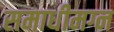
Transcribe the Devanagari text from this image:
समाधीमग्न